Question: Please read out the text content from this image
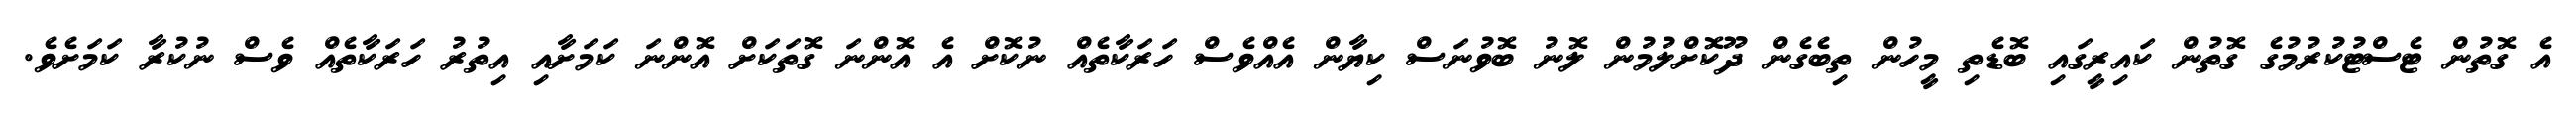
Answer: އެ ގޮތުން ޓެސްޓުކުރުމުގެ ގޮތުން ކައިރީގައި ބޮޑެތި މީހުން ތިބެގެން ދޫކޮށްލުމުން ލޮނު ބޮވުނަސް ކިޔާން އެއްވެސް ހަރަކާތެއް ނުކޮށް އެ އޮންނަ ގޮތަކަށް އޮންނަ ކަމަށާއި އިތުރު ހަރަކާތެއް ވެސް ނުކުރާ ކަމަށެވެ.